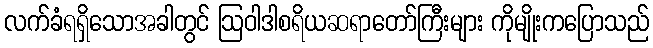
လက်ခံရရှိသောအခါတွင် ဩဝါဒါစရိယဆရာတော်ကြီးများ ကိုမျိုးကပြောသည်